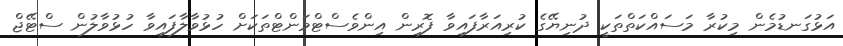
އަޅުގަނޑުމެން މިކުރާ މަސައްކަތްތަކީ ދުނިޔޭގެ ކުރިއަރާފައިވާ ފޮރިން އިންވެސްޓްމަންޓްތަކަށް ހުޅުވާލާފައިވާ ހުޅުވާލުން ސްޓޭޖް